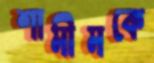
শামীমকে